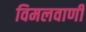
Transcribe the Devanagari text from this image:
विमलवाणी